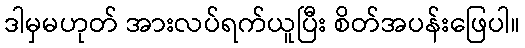
ဒါမှမဟုတ် အားလပ်ရက်ယူပြီး စိတ်အပန်းဖြေပါ။